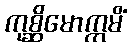
ကုစ္ဆိမောက္ကမိံ